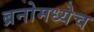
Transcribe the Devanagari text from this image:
ब्रनोमध्येच